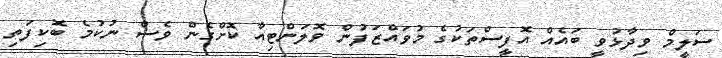
ސަލީމް ވިދާޅުވީ ބައެއް އޮފީސްތަކުގެ މުވައްޒަފުން ވޮލަންޓިއާ ކޮށްގެން ވެސް ނުކުމެ ބޮކިފަތި